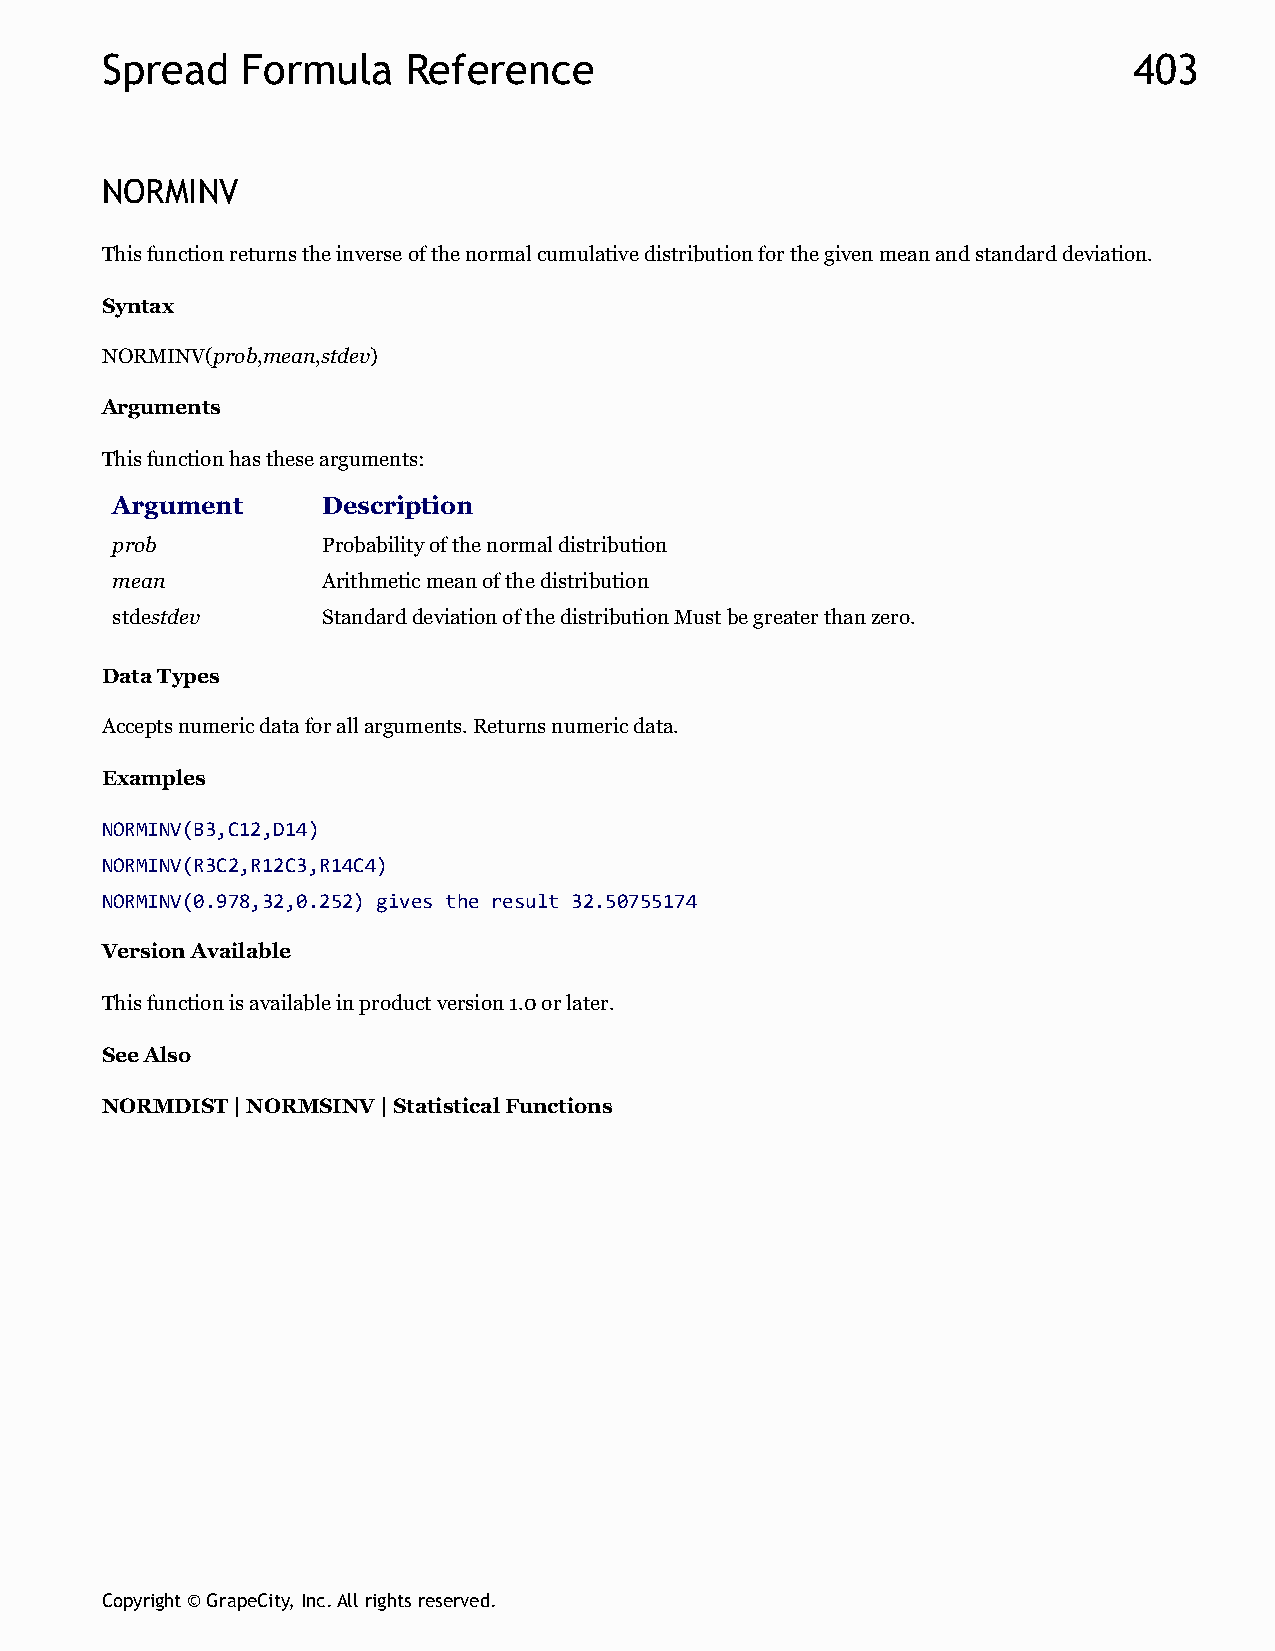
Spread   Formula    Reference                                       403
 NORMINV
 This function returns the inverse of the normal cumulative distribution for the given mean and standard deviation.
 Syntax
 NORMINV(prob,mean,stdev)
 Arguments
 This function has these arguments:
 Argument      Description
 prob          Probability of the normal distribution
 mean          Arithmetic mean of the distribution
 stdestdev     Standard deviation of the distribution Must be greater than zero.
 Data Types
 Accepts numeric data for all arguments. Returns numeric data.
 Examples
 NORMINV(B3,C12,D14)
 NORMINV(R3C2,R12C3,R14C4)
 NORMINV(0.978,32,0.252) gives the result 32.50755174
 Version Available
 This function is available in product version 1.0 or later.
 See Also
 NORMDIST | NORMSINV | Statistical Functions
 Copyright © GrapeCity, Inc. All rights reserved.